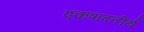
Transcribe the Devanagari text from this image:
एकपादतीर्थ